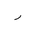
Letter: _ra